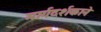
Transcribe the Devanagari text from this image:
मार्गदर्शकाने